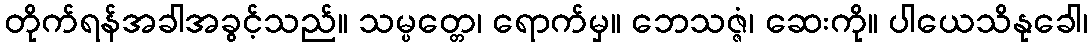
တိုက်ရန်အခါအခွင့်သည်။ သမ္ပတ္တေ၊ ရောက်မှ။ ဘေသဇ္ဇံ၊ ဆေးကို။ ပါယေသိနုခေါ၊